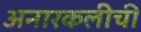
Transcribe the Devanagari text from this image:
अनारकलीची